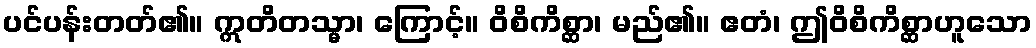
ပင်ပန်းတတ်၏။ ဣတိတသ္မာ၊ ကြောင့်။ ဝိစိကိစ္ဆာ၊ မည်၏။ ဧတံ၊ ဤဝိစိကိစ္ဆာဟူသော